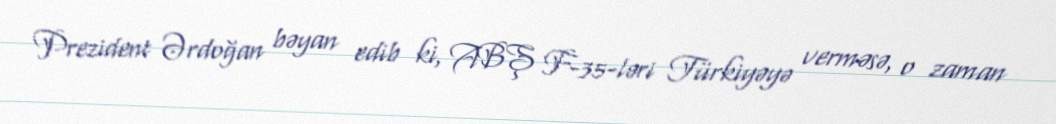
Prezident Ərdoğan bəyan edib ki, ABŞ F-35-ləri Türkiyəyə verməsə, o zaman